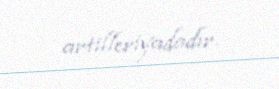
artilleriyadadır.